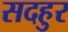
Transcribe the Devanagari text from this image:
सदहुर